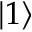
| 1 \rangle